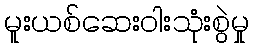
မူးယစ်ဆေးဝါးသုံးစွဲမှု